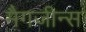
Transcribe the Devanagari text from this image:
मैगजीन्स